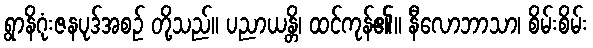
ရွာနိဂုံးဇနပုဒ်အစဉ် တို့သည်။ ပညာယန္တိ၊ ထင်ကုန်၏။ နီလောဘာသာ၊ စိမ်းစိမ်း